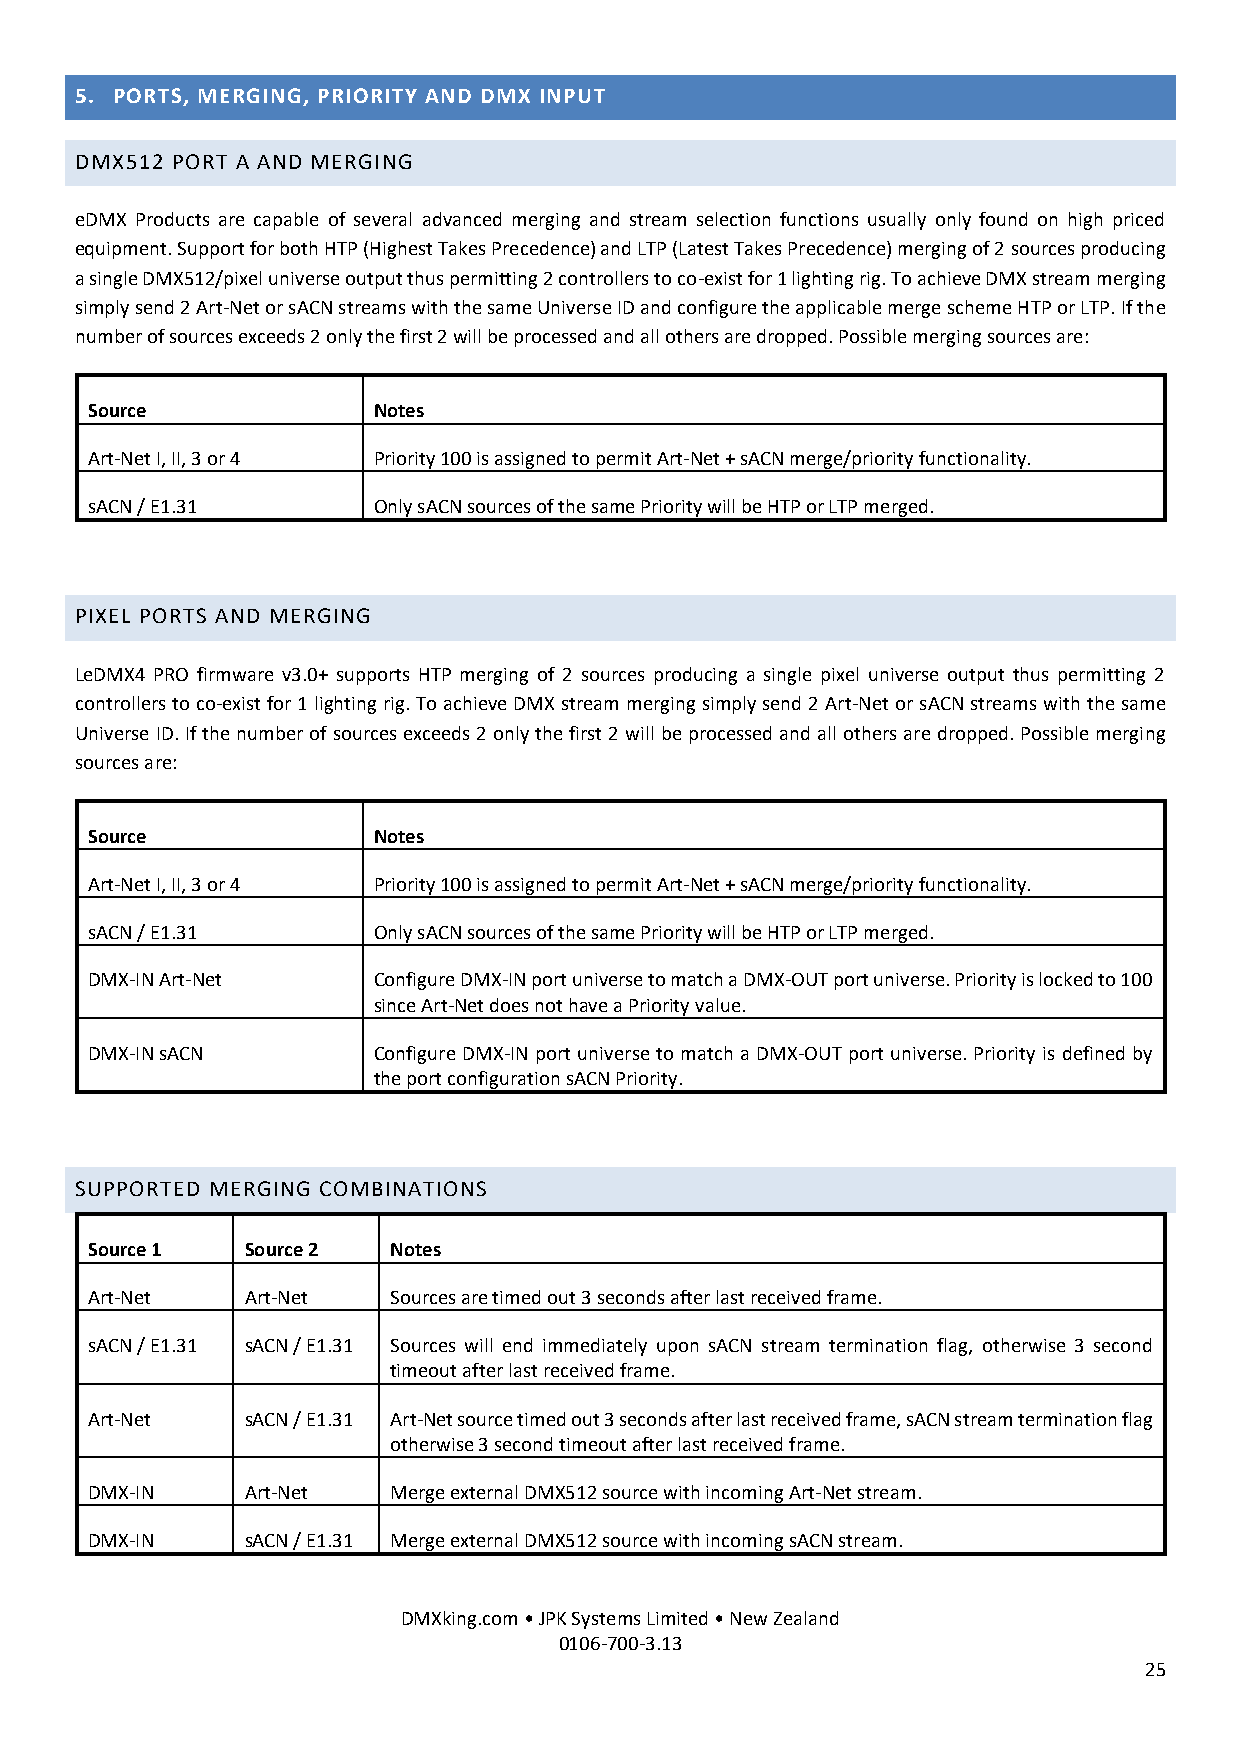
5. PORTS, MERGING, PRIORITY AND DMX INPUT
 DMX512 PORT A AND MERGING
 eDMX Products are capable of several advanced merging and stream selection functions usually only found on high priced
 equipment. Support for both HTP (Highest Takes Precedence) and LTP (Latest Takes Precedence) merging of 2 sources producing
 a single DMX512/pixel universe output thus permitting 2 controllers to co-exist for 1 lighting rig. To achieve DMX stream merging
 simply send 2 Art-Net or sACN streams with the same Universe ID and configure the applicable merge scheme HTP or LTP. If the
 number of sources exceeds 2 only the first 2 will be processed and all others are dropped. Possible merging sources are:
 Source             Notes
 Art-Net I, II, 3 or 4 Priority 100 is assigned to permit Art-Net + sACN merge/priority functionality.
 sACN / E1.31       Only sACN sources of the same Priority will be HTP or LTP merged.
 PIXEL PORTS AND MERGING
 LeDMX4 PRO firmware v3.0+ supports HTP merging of 2 sources producing a single pixel universe output thus permitting 2
 controllers to co-exist for 1 lighting rig. To achieve DMX stream merging simply send 2 Art-Net or sACN streams with the same
 Universe ID. If the number of sources exceeds 2 only the first 2 will be processed and all others are dropped. Possible merging
 sources are:
 Source             Notes
 Art-Net I, II, 3 or 4 Priority 100 is assigned to permit Art-Net + sACN merge/priority functionality.
 sACN / E1.31       Only sACN sources of the same Priority will be HTP or LTP merged.
 DMX-IN Art-Net     Configure DMX-IN port universe to match a DMX-OUT port universe. Priority is locked to 100
 since Art-Net does not have a Priority value.
 DMX-IN sACN        Configure DMX-IN port universe to match a DMX-OUT port universe. Priority is defined by
 the port configuration sACN Priority.
 SUPPORTED MERGING COMBINATIONS
 Source 1  Source 2  Notes
 Art-Net   Art-Net   Sources are timed out 3 seconds after last received frame.
 sACN / E1.31 sACN / E1.31 Sources will end immediately upon sACN stream termination flag, otherwise 3 second
 timeout after last received frame.
 Art-Net   sACN / E1.31 Art-Net source timed out 3 seconds after last received frame, sACN stream termination flag
 otherwise 3 second timeout after last received frame.
 DMX-IN    Art-Net   Merge external DMX512 source with incoming Art-Net stream.
 DMX-IN    sACN / E1.31 Merge external DMX512 source with incoming sACN stream.
 DMXking.com • JPK Systems Limited • New Zealand
 0106-700-3.13
 25